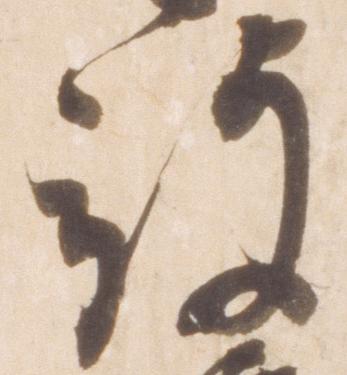
被